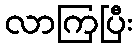
လာကြပြီး